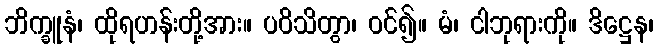
ဘိက္ခူနံ၊ ထိုရဟန်းတို့အား။ ပဝိသိတွာ၊ ဝင်၍။ မံ၊ ငါဘုရားကို။ ဒိဋ္ဌေန၊